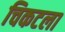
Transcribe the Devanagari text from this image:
चिकटला